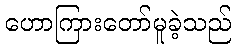
ဟောကြားတော်မူခဲ့သည်